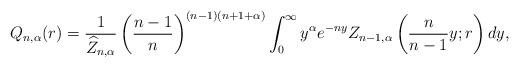
LaTeX: \begin{align*} Q_{n,\alpha} (r) = \frac{1}{\widehat{Z}_{n,\alpha}} \left( \frac{n-1}{n} \right)^{(n-1)(n+1+\alpha)} \int_{0}^\infty y^\alpha e^{-n y} Z_{n-1,\alpha}\left(\frac{n}{n-1} y;r \right) dy,\end{align*}